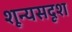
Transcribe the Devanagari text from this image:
शून्यसदृश